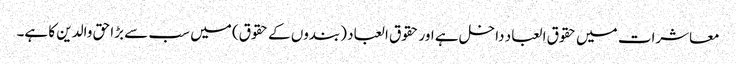
معاشرات میں حقوق العباد داخل ہے اور حقوق العباد (بندوں کے حقوق) میں سب سے بڑا حق والدین کا ہے۔